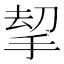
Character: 𢭋